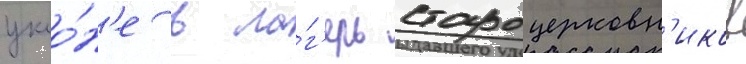
укло́н'е в ла́г'ерь староцерковн'иков